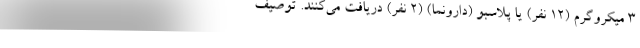
۳ میکروگرم (۱۲ نفر) یا پلاسبو (دارونما) (۲ نفر) دریافت می‌کنند. توصیف